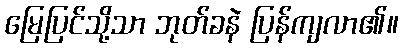
မြေပြင်သို့သာ ဘုတ်ခနဲ ပြန်ကျလာ၏။